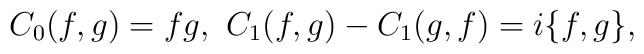
C_0(f,g)=fg,\ C_1(f,g)-C_1(g,f)=i\{f,g\},